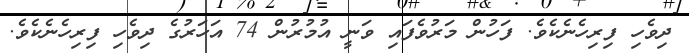
ދިވެހި ފިރިހެނެކެވެ. ފަހުން މަރުވެފައި ވަނީ އުމުރުން 74 އަހަރުގެ ދިވެހި ފިރިހެނެކެވެ.